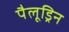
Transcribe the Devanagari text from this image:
पैलूड्रिन